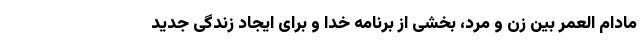
مادام العمر بین زن و مرد، بخشی از برنامه خدا و برای ایجاد زندگی جدید